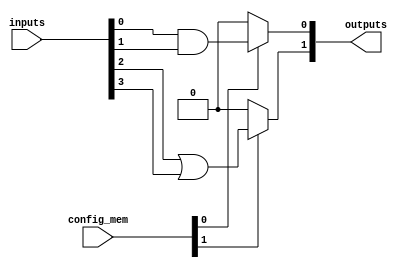
module clb_anti_fuse #(
    parameter NUM_INPUTS = 4,  // Number of inputs
    parameter NUM_OUTPUTS = 2   // Number of outputs
)(
    input wire [NUM_INPUTS-1:0] inputs,       // CLB inputs
    input wire [NUM_OUTPUTS-1:0] config_mem,  // Configuration memory for anti-fuse logic
    output wire [NUM_OUTPUTS-1:0] outputs      // CLB outputs
);

// Internal wires for logic gates
wire and_out, or_out, not_out;

// Implementation of basic logic gates with configurable connections
assign and_out = config_mem[0] ? (inputs[0] & inputs[1]) : 1'b0; // AND gate
assign or_out  = config_mem[1] ? (inputs[2] | inputs[3]) : 1'b0; // OR gate
assign not_out = config_mem[2] ? ~inputs[0] : 1'b0;               // NOT gate

// Output assignments - can be modified based on configuration
assign outputs[0] = and_out | not_out;  // Example output function
assign outputs[1] = or_out;              // Example output function

endmodule